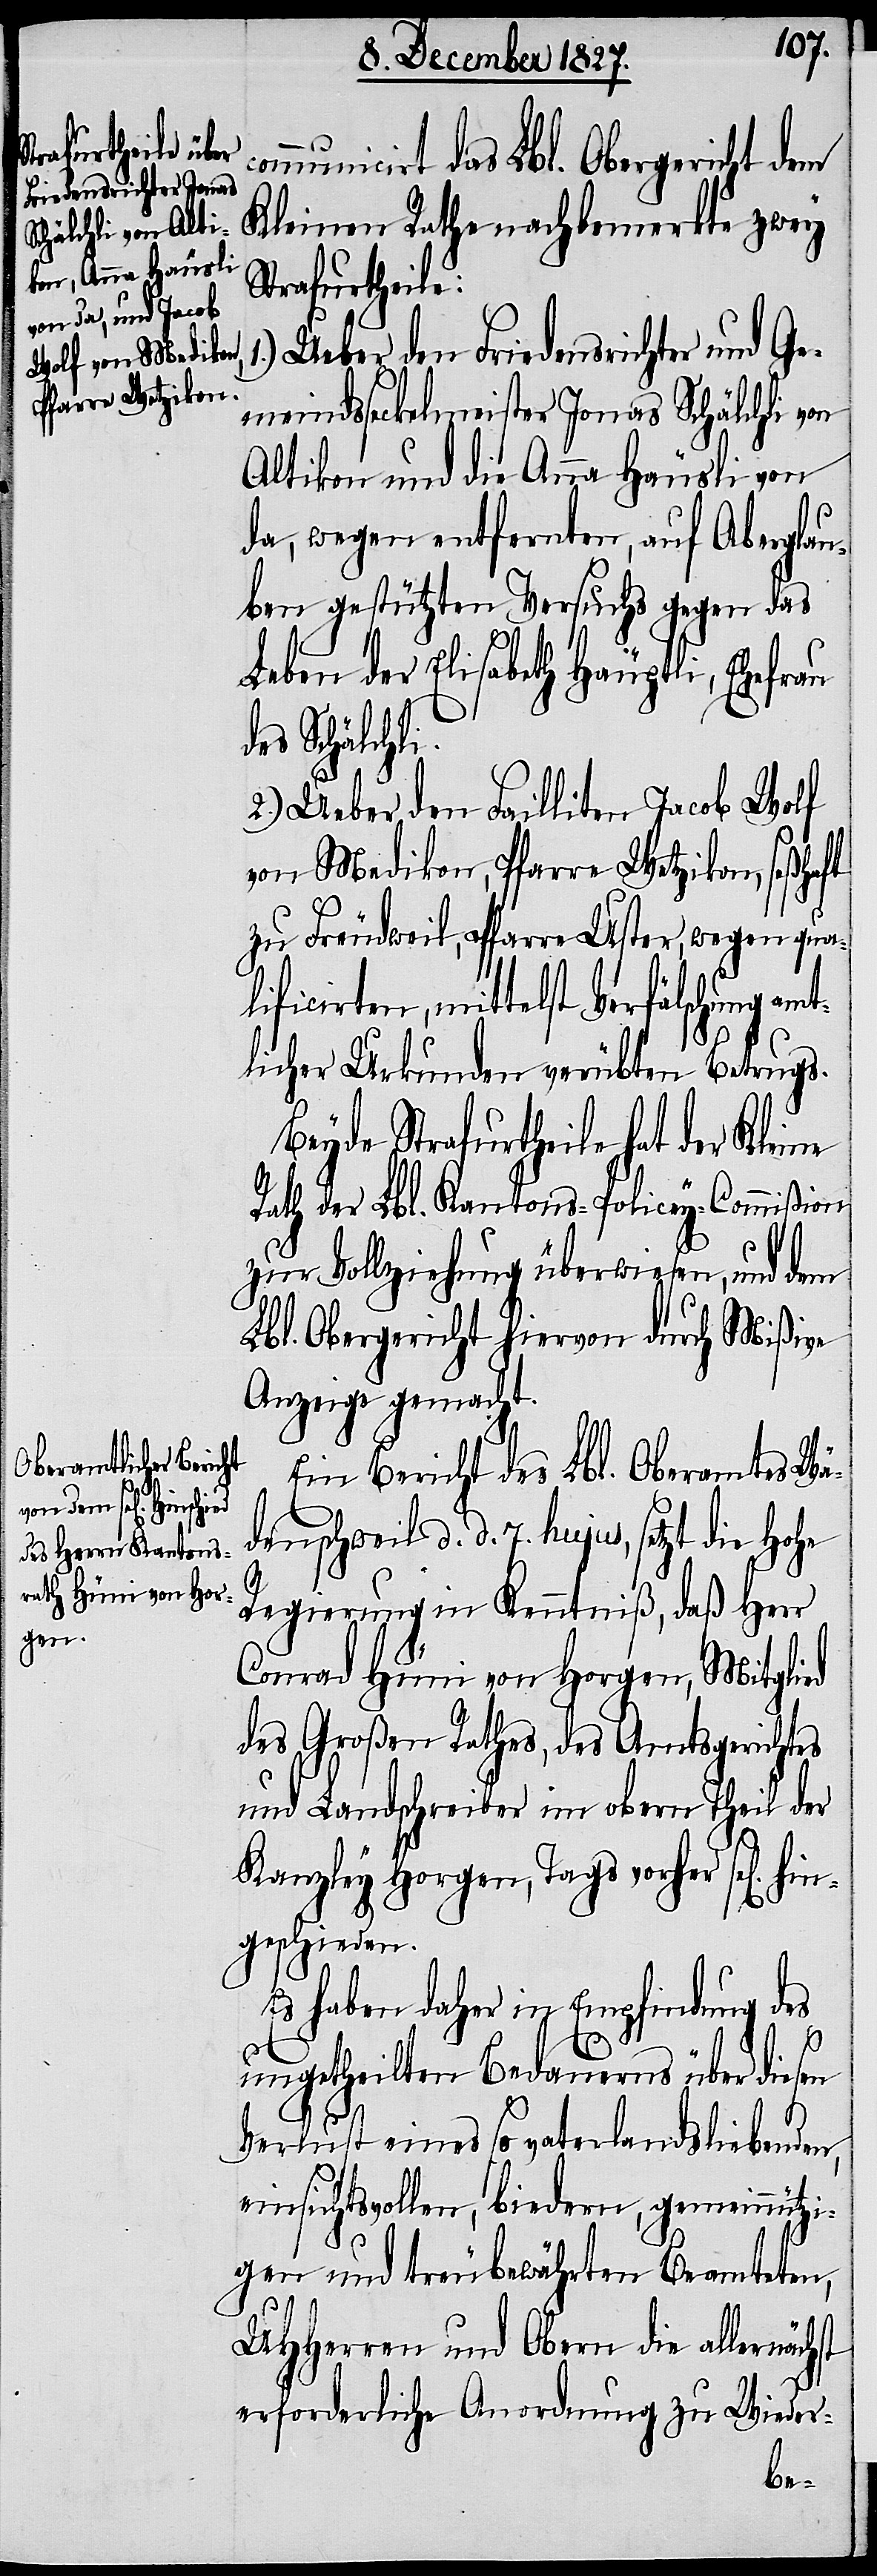
municirt das Lbl. Obergericht dem
Kleinen Rathe nachbemerkte zwey
Strafurtheile:
1.) Ueber den Friedensrichter und Ge¬
meindsseckelmeister Jonas Schälchli von
Altikon und die Anna Häusli von
da, wegen entfernten, auf Aberglau¬
ben gestützten Versuchs gegen das
Leben der Elisabeth Häuptli, Ehefrau
des Schälchli.
2.) Ueber den Failliten Jacob Wolf
von Medikon, Pfarre Wetzikon, seßhaft
zu Freudweil, Pfarre Uster, wegen qua¬
lificirten, mittelst Verfälschung am¬
tlicher Urkunden verübten Betrugs.
Beyde Strafurtheile hat der Kleine
Rath der Lbl. Kantons-Policey-Commißion
zur Vollziehung überwiesen, und dem
Lbl. Obergericht hiervon durch Mißive
Anzeige gemacht.
Ein Bericht des Lbl. Oberamtes Wä¬
denschweil d. d. 7. hujus, setzt die Hohe
Regierung in Kenntniß, daß Herrn
Conrad Hüni von Horgen, Mitglied
des Großen Rathes, des Amtsgerichtes
und Landschreiber im obern Theil der
Kanzley Horgen, Tags vorher sel[ig]
st
ngeschieden.
Es haben daher in Empfindung des
ungetheilten Bedauerns über diesen
Verlust eine so vaterlandsliebenden,
einsichtsvollen, biedern, gemeinnützi¬
com¬
gen und treubewährten Beamteten,
UHHerren und Obern die allernäch¬
erforderliche Anordnung zu Wieder-